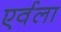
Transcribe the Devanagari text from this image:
एर्वला